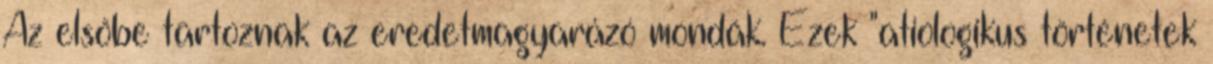
Az elsőbe tartoznak az eredetmagyarázó mondák. Ezek "atiologikus történetek